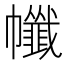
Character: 㡨